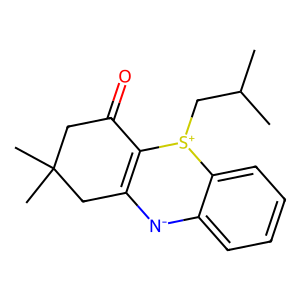
SMILES: CC(C)C[S+]1C2=C(CC(C)(C)CC2=O)[N-]c2ccccc21
Inhibits HIV replication: No